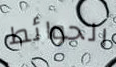
الحوائط